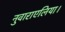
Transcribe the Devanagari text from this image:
नुवाराएलिया।